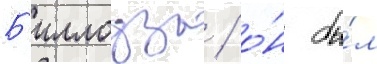
Б'иллоуза / о́н бы́л